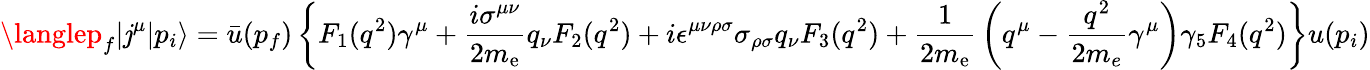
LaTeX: \langlep_{f}|\mathit{j}^{\mu}|p_{i}\rangle={\bar{{u}}}(p_{f})\left\{ F_{1}(q^{2})\gamma^{\mu}+{\frac{{i\sigma^{\mu\nu}}}{{2m_{\mathrm{{{e}}}}}}}q_{\nu}F_{2}(q^{2})+i\epsilon^{\mu\nu\rho\sigma}\sigma_{\rho\sigma}q_{\nu}F_{3}(q^{2})+{\frac{{1}}{{2m_{\mathrm{{{e}}}}}}}\left(q^{\mu}-{\frac{{q^{2}}}{{2m_{e}}}}\gamma^{\mu}\right)\gamma_{5}F_{4}(q^{2})\right\} u(p_{i})